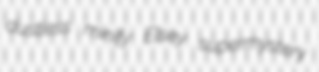
dustless minify Elsey supermystery